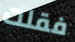
فقلت